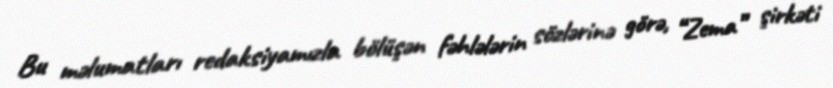
Bu məlumatları redaksiyamızla bölüşən fəhlələrin sözlərinə görə, “Zema” şirkəti